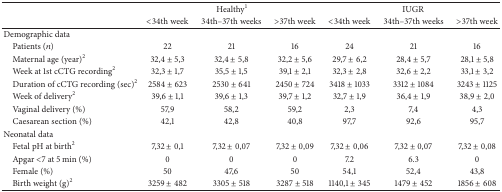
<table><thead><tr><td rowspan="2"><b> </b></td><td colspan="3"><b>Healthy<sup>1</sup></b></td><td colspan="3"><b>IUGR</b></td></tr><tr><td><b>&lt;34th week</b></td><td><b>34th–37th weeks</b></td><td><b>&gt;37th week</b></td><td><b>&lt;34th week</b></td><td><b>34th–37th weeks</b></td><td><b>&gt;37th week</b></td></tr></thead><tbody><tr><td>Demographic data</td><td> </td><td> </td><td> </td><td> </td><td> </td><td> </td></tr><tr><td> Patients (<i>n</i>)</td><td>22</td><td>21</td><td>16</td><td>24</td><td>21</td><td>16</td></tr><tr><td> Maternal age (year)<sup>2</sup></td><td>32,4 ± 5,3</td><td>32,4 ± 5,8</td><td>32,2 ± 5,6</td><td>29,7 ± 6,2</td><td>28,4 ± 5,7</td><td>28,1 ± 5,8</td></tr><tr><td> Week at 1st cCTG recording<sup>2</sup></td><td>32,3 ± 1,7</td><td>35,5 ± 1,5</td><td>39,1 ± 2,1</td><td>32,3 ± 2,8</td><td>32,6 ± 2,2</td><td>33,1 ± 3,2</td></tr><tr><td> Duration of cCTG recording (sec)<sup>2</sup></td><td>2584 ± 623</td><td>2530 ± 641</td><td>2450 ± 724</td><td>3418 ± 1033</td><td>3312 ± 1084</td><td>3243 ± 1125</td></tr><tr><td> Week of delivery<sup>2</sup></td><td>39,6 ± 1,1</td><td>39,6 ± 1,3</td><td>39,7 ± 1,2</td><td>32,7 ± 1,9</td><td>36,4 ± 1,9</td><td>38,9 ± 2,0</td></tr><tr><td> Vaginal delivery (%)</td><td>57,9</td><td>58,2</td><td>59,2</td><td>2,3</td><td>7,4</td><td>4,3</td></tr><tr><td> Caesarean section (%)</td><td>42,1</td><td>42,8</td><td>40,8</td><td>97,7</td><td>92,6</td><td>95,7</td></tr><tr><td>Neonatal data</td><td> </td><td> </td><td> </td><td> </td><td> </td><td> </td></tr><tr><td> Fetal pH at birth<sup>2</sup></td><td>7,32 ± 0,1</td><td>7,32 ± 0,07</td><td>7,32 ± 0,09</td><td>7,32 ± 0,06</td><td>7,32 ± 0,07</td><td>7,32 ± 0,08</td></tr><tr><td> Apgar &lt;7 at 5 min (%)</td><td>0</td><td>0</td><td>0</td><td>7.2</td><td>6.3</td><td>0</td></tr><tr><td> Female (%)</td><td>50</td><td>47,6</td><td>50</td><td>54,1</td><td>52,4</td><td>43,8</td></tr><tr><td> Birth weight (g)<sup>2</sup></td><td>3259 ± 482</td><td>3305 ± 518</td><td>3287 ± 518</td><td>1140,1 ± 345</td><td>1479 ± 452</td><td>1856 ± 608</td></tr></tbody></table>